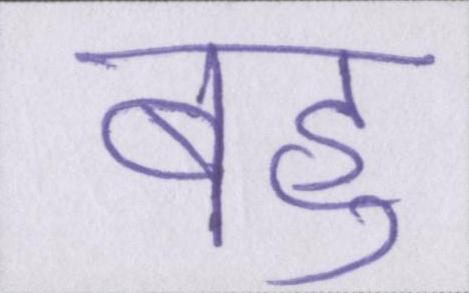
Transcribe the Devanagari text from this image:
बहु